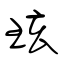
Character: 玹